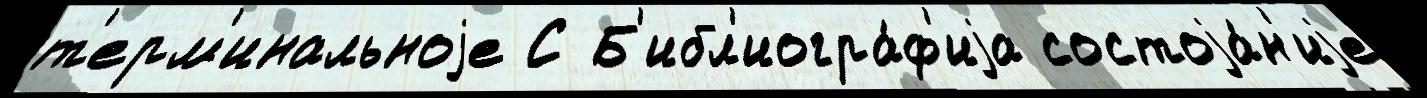
т'ерм'инальноjе С Б'ибл'иогра́ф'иjа состоjа́н'иjе